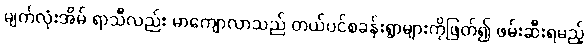
မျက်လုံးအိမ် ရာသီလည်း မာကျောလာသည် တယ်ပင်စခန်းရွာများကိုဖြတ်၍ ဖမ်းဆီးရမည့်